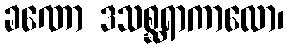
ခဏော ဒသစ္ဆရာကာလော၊